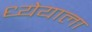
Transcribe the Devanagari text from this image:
ध्येयाला